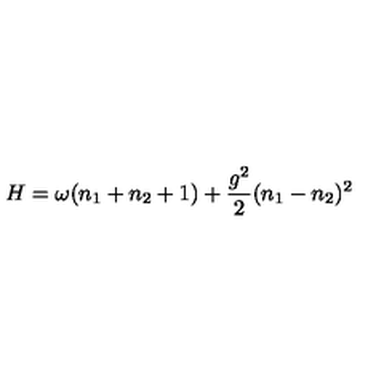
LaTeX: H = \omega ( n _ { 1 } + n _ { 2 } + 1 ) + \frac { g ^ { 2 } } { 2 } ( n _ { 1 } - n _ { 2 } ) ^ { 2 }